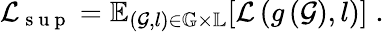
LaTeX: \mathcal{L}_{\mathrm{~s~u~p~}}=\mathbb{E}_{\left({\mathcal{G}},l\right)\in{\mathbb{G}}\times{\mathbb{L}}}[\mathcal{L}\left(g\left({\mathcal{G}}\right),l\right)]\; .